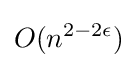
O(n^{2-2\epsilon })